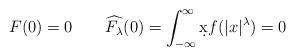
LaTeX: \begin{align*}F(0)=0\quad\quad\widehat{F_\lambda}(0)=\int_{-\infty}^{\infty}\d{x}f(\vert{x}\vert^\lambda)=0\end{align*}